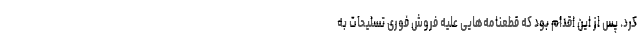
کرد. پس از این اقدام بود که قطعنامه‌هایی علیه فروش فوری تسلیحات به